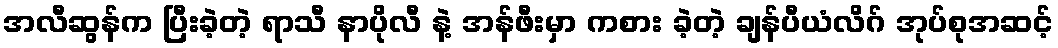
အလီဆွန်က ပြီးခဲ့တဲ့ ရာသီ နာပိုလီ နဲ့ အန်ဖီးမှာ ကစား ခဲ့တဲ့ ချန်ပီယံလိဂ် အုပ်စုအဆင့်